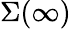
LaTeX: \Sigma(\infty)